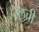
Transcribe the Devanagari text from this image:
रेलची